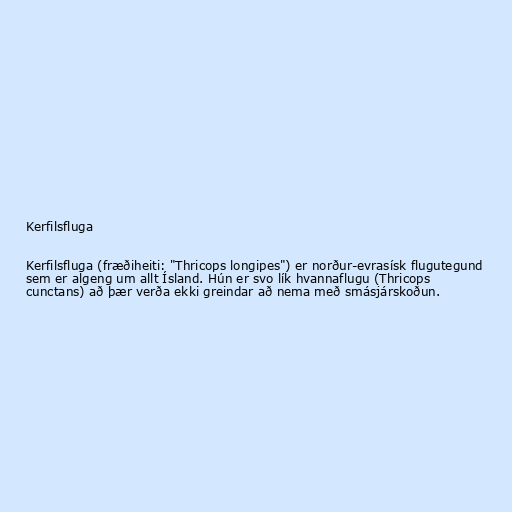
Kerfilsfluga

Kerfilsfluga (fræðiheiti: "Thricops longipes") er norður-evrasísk flugutegund
sem er algeng um allt Ísland. Hún er svo lík hvannaflugu (Thricops
cunctans) að þær verða ekki greindar að nema með smásjárskoðun.